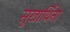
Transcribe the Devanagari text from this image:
सुखार्थिना